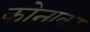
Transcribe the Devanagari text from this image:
कोनाका